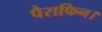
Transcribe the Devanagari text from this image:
पैराफिन।